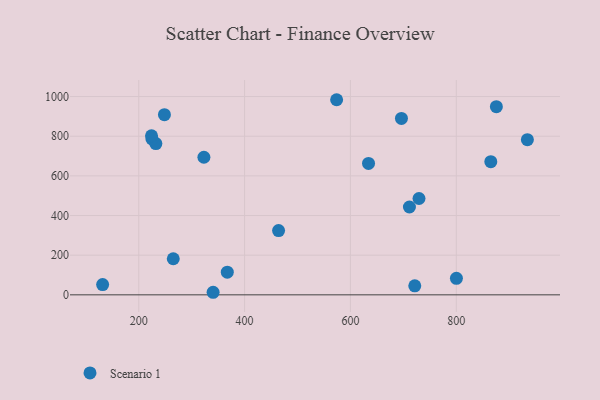
{"axis": {"x": "Speed", "y": "Exam Score"}, "legend": ["Scenario 1"], "data": [{"x": "464.2", "y": 324.3, "type": "Scenario 1"}, {"x": "265.2", "y": 182.0, "type": "Scenario 1"}, {"x": "367.3", "y": 114.1, "type": "Scenario 1"}, {"x": "232.3", "y": 762.6, "type": "Scenario 1"}, {"x": "711.5", "y": 442.9, "type": "Scenario 1"}, {"x": "634.2", "y": 662.7, "type": "Scenario 1"}, {"x": "934.4", "y": 782.3, "type": "Scenario 1"}, {"x": "224.9", "y": 786.5, "type": "Scenario 1"}, {"x": "340.5", "y": 12.9, "type": "Scenario 1"}, {"x": "323.1", "y": 694.0, "type": "Scenario 1"}, {"x": "573.9", "y": 984.0, "type": "Scenario 1"}, {"x": "131.7", "y": 51.5, "type": "Scenario 1"}, {"x": "875.8", "y": 949.1, "type": "Scenario 1"}, {"x": "224.1", "y": 802.4, "type": "Scenario 1"}, {"x": "800.3", "y": 83.3, "type": "Scenario 1"}, {"x": "865.3", "y": 671.8, "type": "Scenario 1"}, {"x": "721.6", "y": 45.6, "type": "Scenario 1"}, {"x": "248.5", "y": 908.5, "type": "Scenario 1"}, {"x": "696.4", "y": 889.9, "type": "Scenario 1"}, {"x": "729.6", "y": 485.9, "type": "Scenario 1"}]}